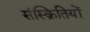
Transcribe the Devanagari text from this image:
संस्क्रितियों